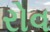
રોવ